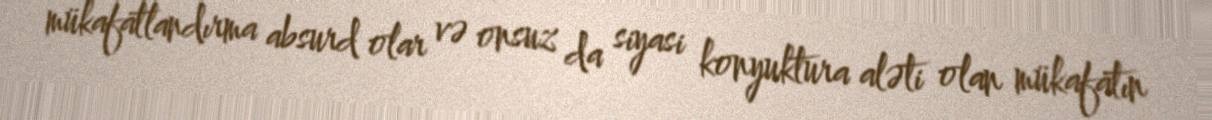
mükafatlandırma absurd olar və onsuz da siyasi konyuktura aləti olan mükafatın